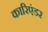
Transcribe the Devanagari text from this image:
कारिएंडर